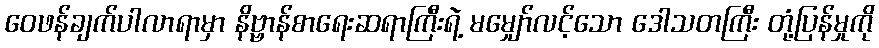
ဝေဖန်ချက်ပါလာရာမှာ နိဗ္ဗာန်စာရေးဆရာကြီးရဲ့ မမျှော်လင့်သော ဒေါသတကြီး တုံ့ပြန်မှုကို